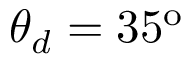
\theta _ { d } = 3 5 ^ { \mathrm { o } }